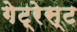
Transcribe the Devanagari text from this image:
गेट्रेस्ट